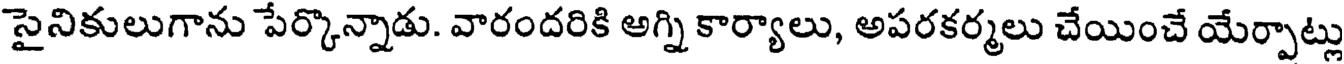
సైనికులుగాను పేర్కొన్నాడు. వారందరికి అగ్ని కార్యాలు, అపరకర్మలు చేయించే యేర్పాట్లు